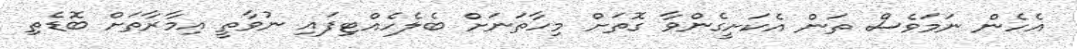
އެހެން ނަމަވެސް ތަން އެކަށީގެންވާ ގޮތަށް މިހާތަނަށް ބެލެހެއްޓިފައި ނުވާތީ އިމާރާތަށް ބޮޑެތި